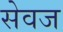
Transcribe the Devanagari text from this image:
सेवज